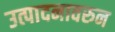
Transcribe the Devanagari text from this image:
उत्पादनावरुन